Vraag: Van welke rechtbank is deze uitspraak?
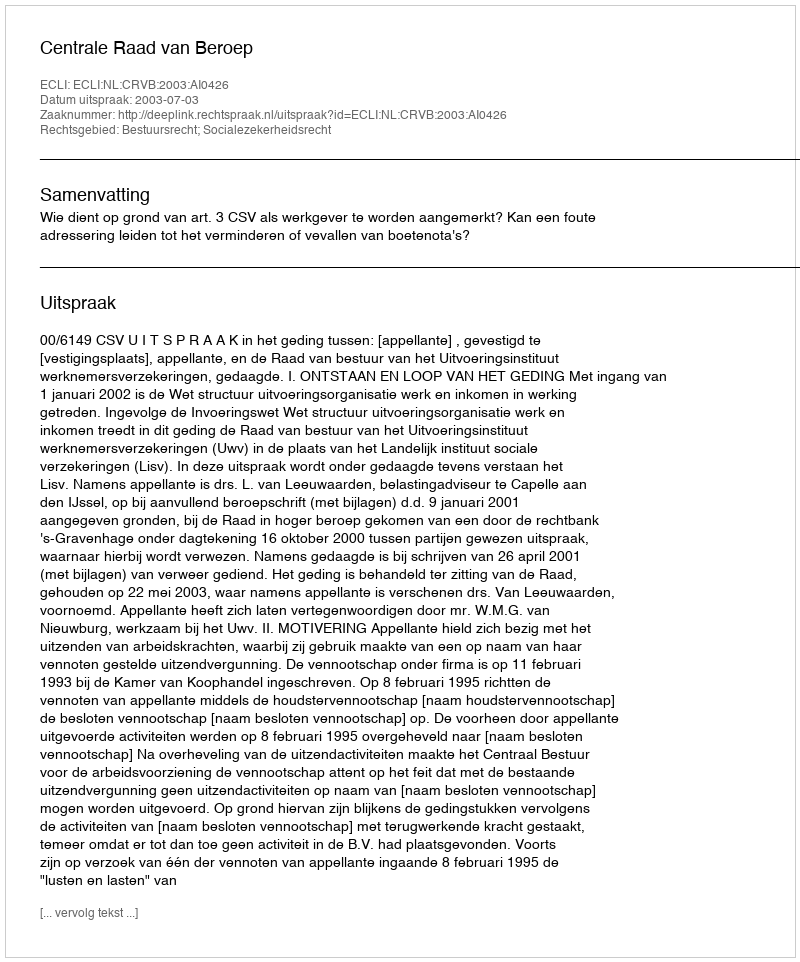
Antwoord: Centrale Raad van Beroep